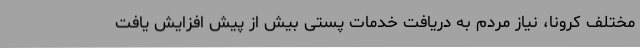
مختلف کرونا، نیاز مردم به دریافت خدمات پستی بیش از پیش افزایش یافت